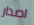
اصدار